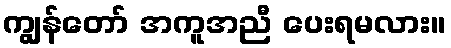
ကျွန်တော် အကူအညီ ပေးရမလား။